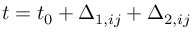
t = t _ { 0 } + \Delta _ { 1 , i j } + \Delta _ { 2 , i j }